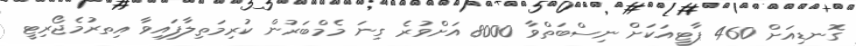
ގޮނޑިއަށް 460 ޕާޓީއަކަށް ނިސްބަތްވާ 8000 އަށްވުރެ ގިނަ މެމްބަރުން ކުރިމަތިލާފައިވާ އިތރުމެޖޯރިޓީ